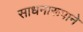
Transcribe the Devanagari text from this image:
साधनारूपाने